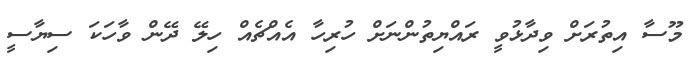
މޫސާ އިތުރަށް ވިދާޅުވީ ރައްޔިތުންނަށް ހުރިހާ އެއްޗެއް ހިލޭ ދޭން ވާހަކަ ސިޔާސީ